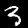
Digit: 3